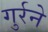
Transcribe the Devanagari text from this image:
गुर्रने